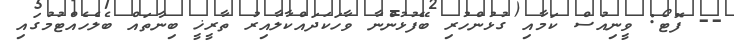
-- ފޮޓޯ: ވީނިއުސް ކަމާއި ގުޅުންހުރި ބޭފުޅުންނާ ވާހަކަދައްކާލާއިރު ތާރީޚީ ބިނާތައް ބެލެހެއްޓުމުގައި